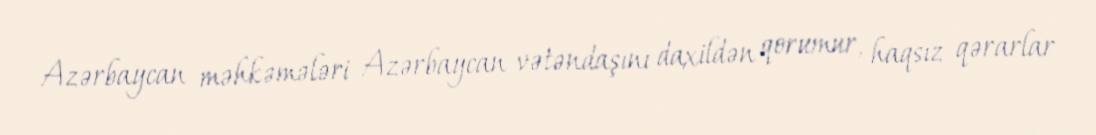
Azərbaycan məhkəmələri Azərbaycan vətəndaşını daxildən qorumur, haqsız qərarlar